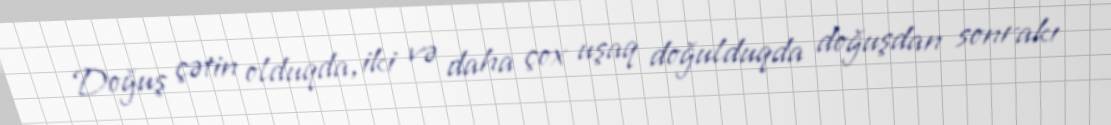
Doğuş çətin olduqda, iki və daha çox uşaq doğulduqda doğuşdan sonrakı